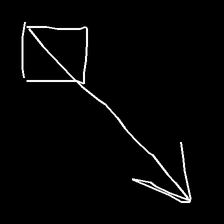
Glyph: focus